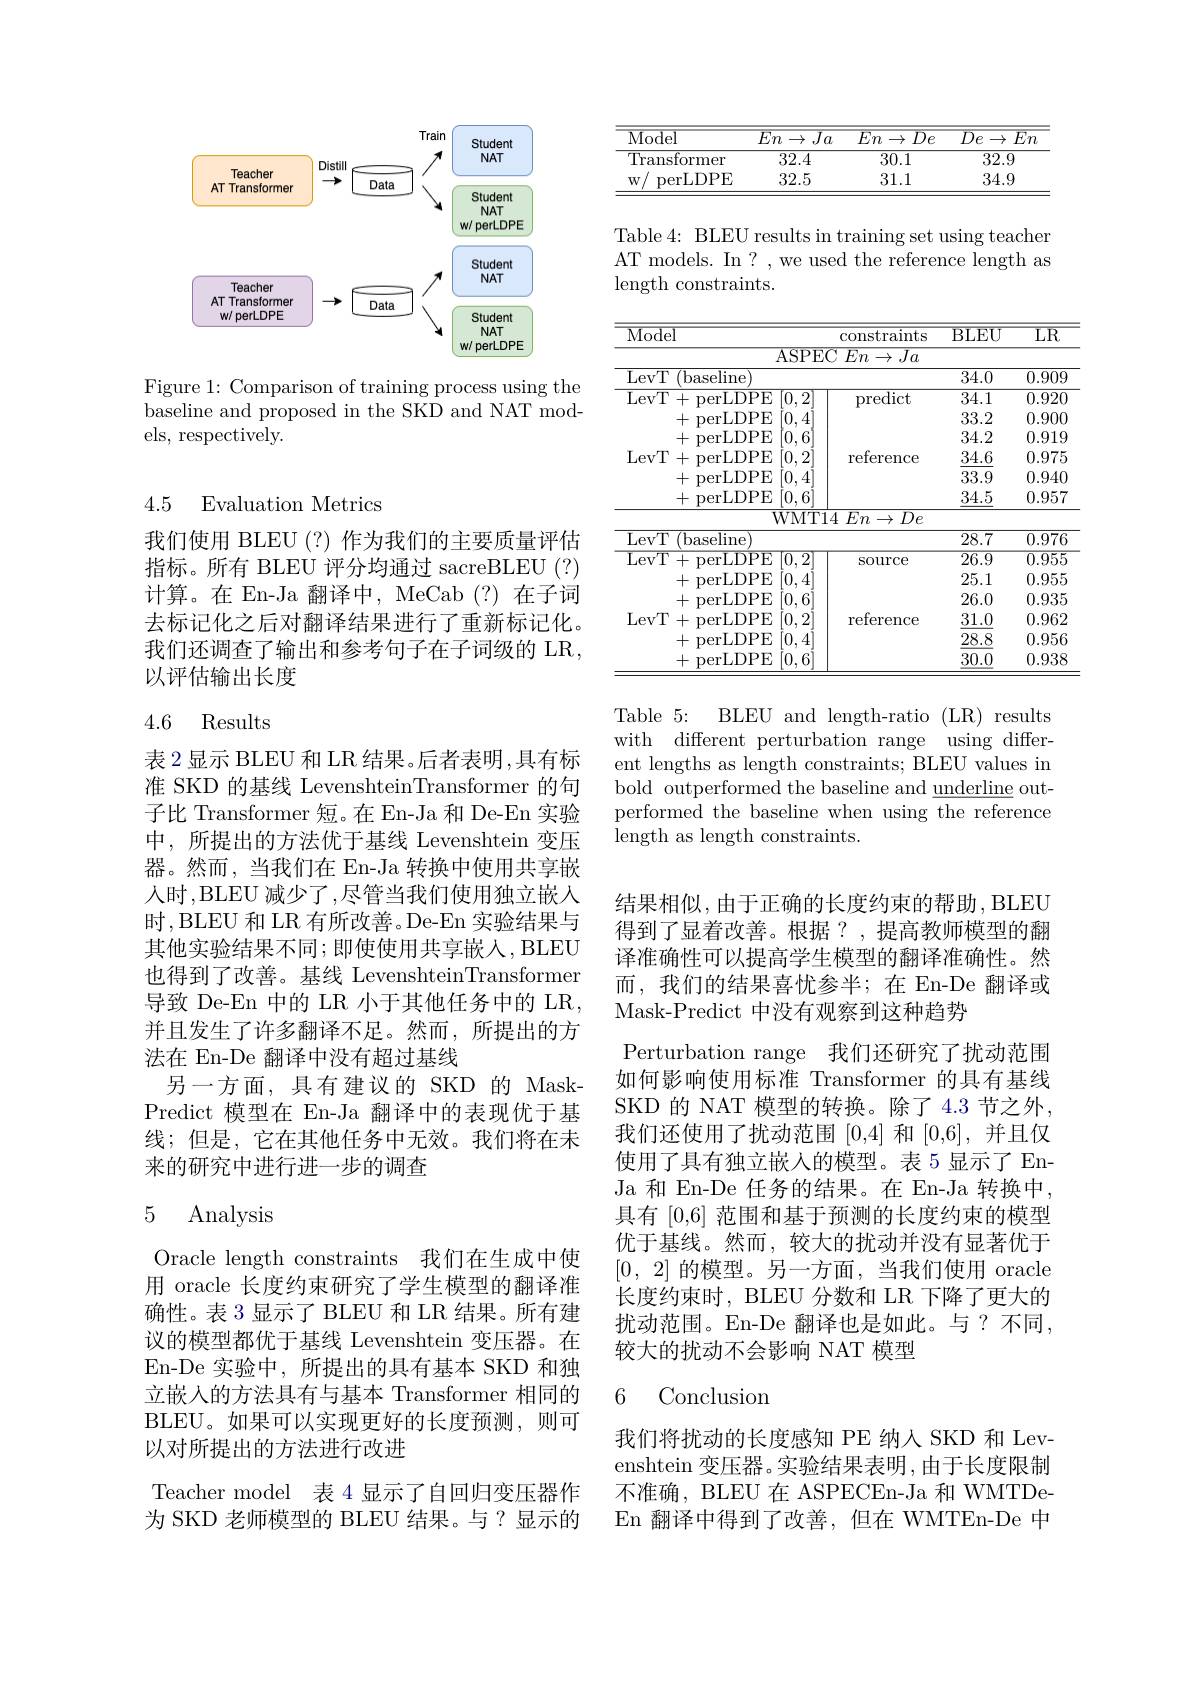
<FigureHere>

Figure 1: Comparison of training process using the baseline and proposed in the SKD and NAT models, respectively.

### 4.5 Evaluation Metrics

我们使用 BLEU(?) 作为我们的主要质量评估指标。所有 BLEU 评分均通过 sacreBLEU (?) 计算。在 En-Ja 翻译中，MeCab(?)在子词去标记化之后对翻译结果进行了重新标记化。我们还调查了输出和参考句子在子词级的 LR, 以评估输出长度

### 4.6 Results

表 2 显示 BLEU 和 LR 结果。后者表明 ,具有标准 SKD 的基线 LevenshteinTransformer 的句子比 Transformer 短。在 En-Ja 和 De-En 实验中，所提出的方法优于基线 Levenshtein 变压器。然而，当我们在 En-Ja 转换中使用共享嵌人时，BLEU 减少了，尽管当我们使用独立嵌入时，BLEU 和 LR 有所改善。De-En 实验结果与其他实验结果不同；即使使用共享嵌入，BLEU 也得到了改善。基线 LevenshteinTransformer 导致 De-En 中的 LR 小于其他任务中的 LR, 并且发生了许多翻译不足。然而，所提出的方法在 En-De 翻译中没有超过基线
另一方面，具有建议的 SKD 的 MaskPredict 模型在 En-Ja 翻译中的表现优于基线；但是，它在其他任务中无效。我们将在未来的研究中进行进一步的调查

## 5 Analysis

Oracle length constraints 我们在生成中使用 oracle 长度约束研究了学生模型的翻译准确性。表 3 显示了 BLEU 和 LR 结果。所有建议的模型都优于基线 Levenshtein 变压器。在En-De 实验中，所提出的具有基本 SKD 和独立嵌入的方法具有与基本 Transformer 相同的BLEU。如果可以实现更好的长度预测，则可以对所提出的方法进行改进
Teacher model 表 4 显示了自回归变压器作为 SKD 老师模型的 BLEU 结果。与？显示的

<table>
	<tbody>
		<tr>
			<th>$\overline{\mathrm{Model}}$</th>
			<th>$En\to Ja$</th>
			<th>$\overline{En\rightarrow}$ $\overline{De}$</th>
			<th>$\overline{De\to}$ $\overline{En}$</th>
		</tr>
		<tr>
			<td>Transformer</td>
			<td>32.4</td>
			<td>30.1</td>
			<td>32.9</td>
		</tr>
		<tr>
			<td>perLDPE $W$</td>
			<td>32.5</td>
			<td>31.1</td>
			<td>34.9</td>
		</tr>
	</tbody>
</table>

Table 4: BLEU results in training set using teacher AT models. In? , we used the reference length as length constraints.

<table>
	<tbody>
		<tr>
			<th>$\overline{\mathrm{Model}}$</th>
			<th>constraints</th>
			<th>$\overline{\mathrm{BLEU}}$</th>
			<th>$\overline{\mathrm{LR}}$</th>
		</tr>
		<tr>
			<td>$\overline{{\mathrm{ASPE}}}$</td>
			<td>$En\to Ja$</td>
			<td> </td>
			<td> </td>
		</tr>
		<tr>
			<td>LevT (baseline</td>
			<td> </td>
			<td>34.0</td>
			<td>0.909</td>
		</tr>
		<tr>
			<td>LevT + perLDPE $[0,2^{'}$</td>
			<td>predict</td>
			<td>34.1</td>
			<td>0.920</td>
		</tr>
		<tr>
			<td>[0,4] + perLDPE</td>
			<td> </td>
			<td>33.2</td>
			<td>0.900</td>
		</tr>
		<tr>
			<td>[0,6 + perLDPE</td>
			<td> </td>
			<td>34.2</td>
			<td>0.919</td>
		</tr>
		<tr>
			<td>LevT. [0,2] +perLDPE</td>
			<td>reference</td>
			<td>34.6</td>
			<td>0.975</td>
		</tr>
		<tr>
			<td>[0,4] + perLDPE</td>
			<td> </td>
			<td>33.9</td>
			<td>0.940</td>
		</tr>
		<tr>
			<td>+ perLDPE $[0,6^{'}$</td>
			<td> </td>
			<td>34.5</td>
			<td>0.957</td>
		</tr>
		<tr>
			<td>$WMT1$</td>
			<td>4 $En\rightarrow$ $De$ ,</td>
			<td> </td>
			<td> </td>
		</tr>
		<tr>
			<td>LevT (baseline</td>
			<td> </td>
			<td>28.7</td>
			<td>0.976</td>
		</tr>
		<tr>
			<td>$\overline{\mathrm{LevT}}$ + perLDPE [0,2</td>
			<td>SOurce</td>
			<td>$\overline{26.9}$</td>
			<td>$\overline{0.955}$</td>
		</tr>
		<tr>
			<td>[0,4] + perLDPE</td>
			<td> </td>
			<td>25.1</td>
			<td>0.955</td>
		</tr>
		<tr>
			<td>$[0,6^{'}$ + perLDPE</td>
			<td> </td>
			<td>26.0</td>
			<td>0.935</td>
		</tr>
		<tr>
			<td>LevT. [0,2] +perLDPE</td>
			<td>reference</td>
			<td>31.0</td>
			<td>0.962</td>
		</tr>
		<tr>
			<td>[0,4] + perLDPE</td>
			<td> </td>
			<td>28.8</td>
			<td>0.956</td>
		</tr>
		<tr>
			<td>$[0,6^{'}$ + perLDPE</td>
			<td> </td>
			<td>30.0</td>
			<td>0.938</td>
		</tr>
	</tbody>
</table>

Table$5\nobreak {: } $
BLEU and length-ratio (LR) results
with different perturbation range using different lengths as length constraints; BLEU values in bold outperformed the baseline and $\underline{\text{underline}}$ outperformed the baseline when using the reference ${\mathrm{length~as~length~constraints.}}$

结果相似，由于正确的长度约束的帮助，BLEU 得到了显着改善。根据？,提高教师模型的翻译准确性可以提高学生模型的翻译准确性。然而，我们的结果喜忧参半；在 En-De 翻译或Mask- Predict中没有观察到这种趋势
Perturbation range 我们还研究了扰动范围如何影响使用标准 Transformer 的具有基线SKD 的 NAT 模型的转换。除了 4.3 节之外， 我们还使用了扰动范围[0,4]和[0,6],并且仅使用了具有独立嵌人的模型。表 5 显示了 EnJa 和 En-De 任务的结果。在 En-Ja 转换中， 具有[0,6]范围和基于预测的长度约束的模型优于基线。然而，较大的扰动并没有显著优于[0,2]的模型。另一方面，当我们使用 oracle 长度约束时，BLEU 分数和 LR 下降了更大的扰动范围。En-De 翻译也是如此。与？不同， 较大的扰动不会影响 NAT 模型

## 6 Conclusion

我们将扰动的长度感知 PE 纳人 SKD 和 Levenshtein 变压器。实验结果表明，由于长度限制不准确，BLEU 在 ASPECEn-Ja 和 WMTDeEn 翻译中得到了改善，但在 WMTEn-De 中